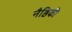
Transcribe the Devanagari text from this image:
नैष्ठिकी